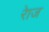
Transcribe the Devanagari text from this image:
रेाज